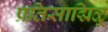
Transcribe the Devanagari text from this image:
प्रतिसाद्मिळू